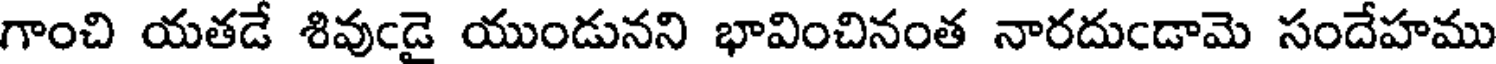
గాంచి యతడే శివుఁడై యుండునని భావించినంత నారదుఁడామె సందేహము